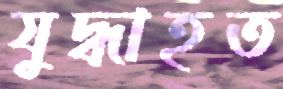
যুদ্ধাহত